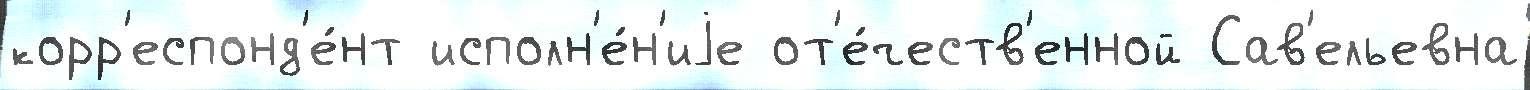
корр'еспонд'е́нт исполн'е́н'иjе от'е́честв'енной Сав'ельевна